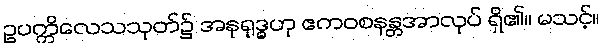
ဥပက္ကိလေသသုတ်၌ အနုရုဒ္ဓဟု ဧကဝစနန္တအာလုပ် ရှိ၏။ မသင့်။